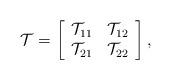
LaTeX: \begin{align*}\mathcal T & = \left[\begin{array}{cc}\mathcal T_{11} & \mathcal T_{12} \\\mathcal T_{21} & \mathcal T_{22}\end{array}\right],\end{align*}